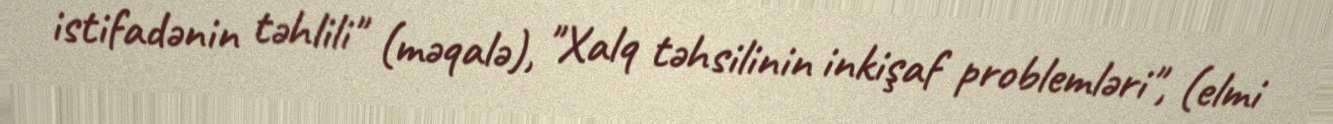
istifadənin təhlili" (məqalə), "Xalq təhsilinin inkişaf problemləri", (elmi